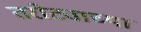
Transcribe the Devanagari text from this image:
तरोट्याच्या